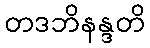
တဒဘိနန္ဒတိ